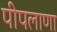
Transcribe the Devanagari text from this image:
पीपलाणा